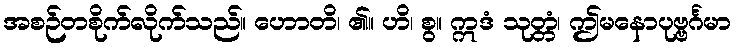
အစဉ်တစိုက်လိုက်သည်။ ဟောတိ၊ ၏။ ဟိ၊ စွ။ ဣဒံ သုတ္တံ၊ ဤမနောပုဗ္ဗင်္ဂမာ